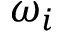
\omega _ { i }